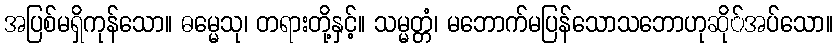
အပြစ်မရှိကုန်သော။ ဓမ္မေသု၊ တရားတို့နှင့်။ သမ္မတ္တံ၊ မဘောက်မပြန်သောသဘောဟုဆို်အပ်သော။